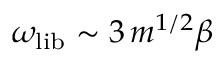
\omega _ { \mathrm { l i b } } \sim 3 \, m ^ { 1 / 2 } \beta